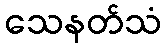
သေနတ်သံ